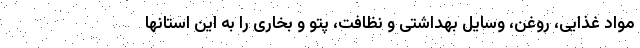
مواد غذایی، روغن، وسایل بهداشتی و نظافت، پتو و بخاری را به این استانها